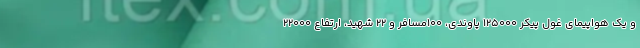
و یک هواپیمای غول پیکر ۱۲۵۰۰۰ پاوندی، ۱۰۰مسافر و ۲۲ شهید، ارتفاع ۲۲۰۰۰